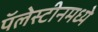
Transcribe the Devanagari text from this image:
पॅलेस्टीनमध्ये